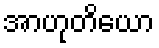
အာဟုတိယော